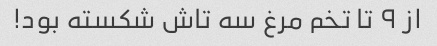
از ۹ تا تخم مرغ سه تاش شکسته بود!